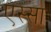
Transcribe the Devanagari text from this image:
एस्सा